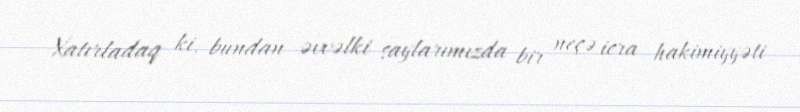
Xatırladaq ki, bundan əvvəlki saylarımızda bir neçə icra hakimiyyəti